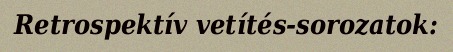
Retrospektív vetítés-sorozatok: